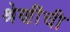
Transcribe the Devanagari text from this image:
श्रेणींची